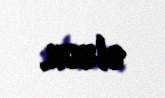
olsun.